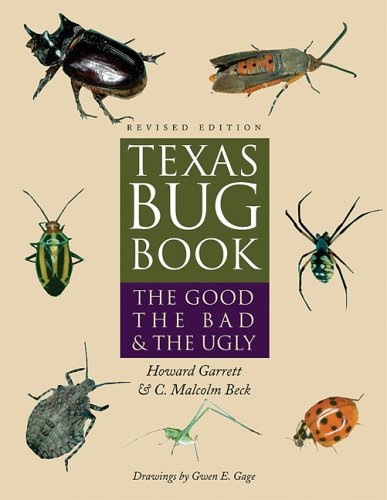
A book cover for Texas Bug Book: The Good, the Bad, and the Ugly; Howard Garrett; Crafts, Hobbies & Home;